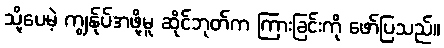
သို့ပေမဲ့ ကျွန်ုပ်အဖို့မူ ဆိုင်ဘုတ်က ကြားခြင်းကို ဖော်ပြသည်။